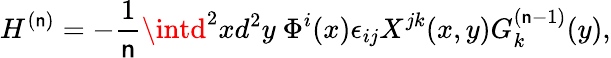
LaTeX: H^{(\mathsf{n})}=-\frac{{1}}{{\mathsf{n}}}\intd^{2}xd^{2}y~\Phi^{i}(x)\epsilon_{ij}X^{jk}(x,y)G_{k}^{(\mathsf{n}-1)}(y),